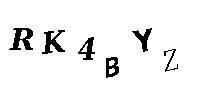
RK4BYZ